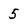
Character: 5